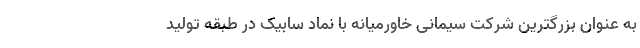
به عنوان بزرگترین شرکت سیمانی خاورمیانه با نماد سابیک در طبقه تولید